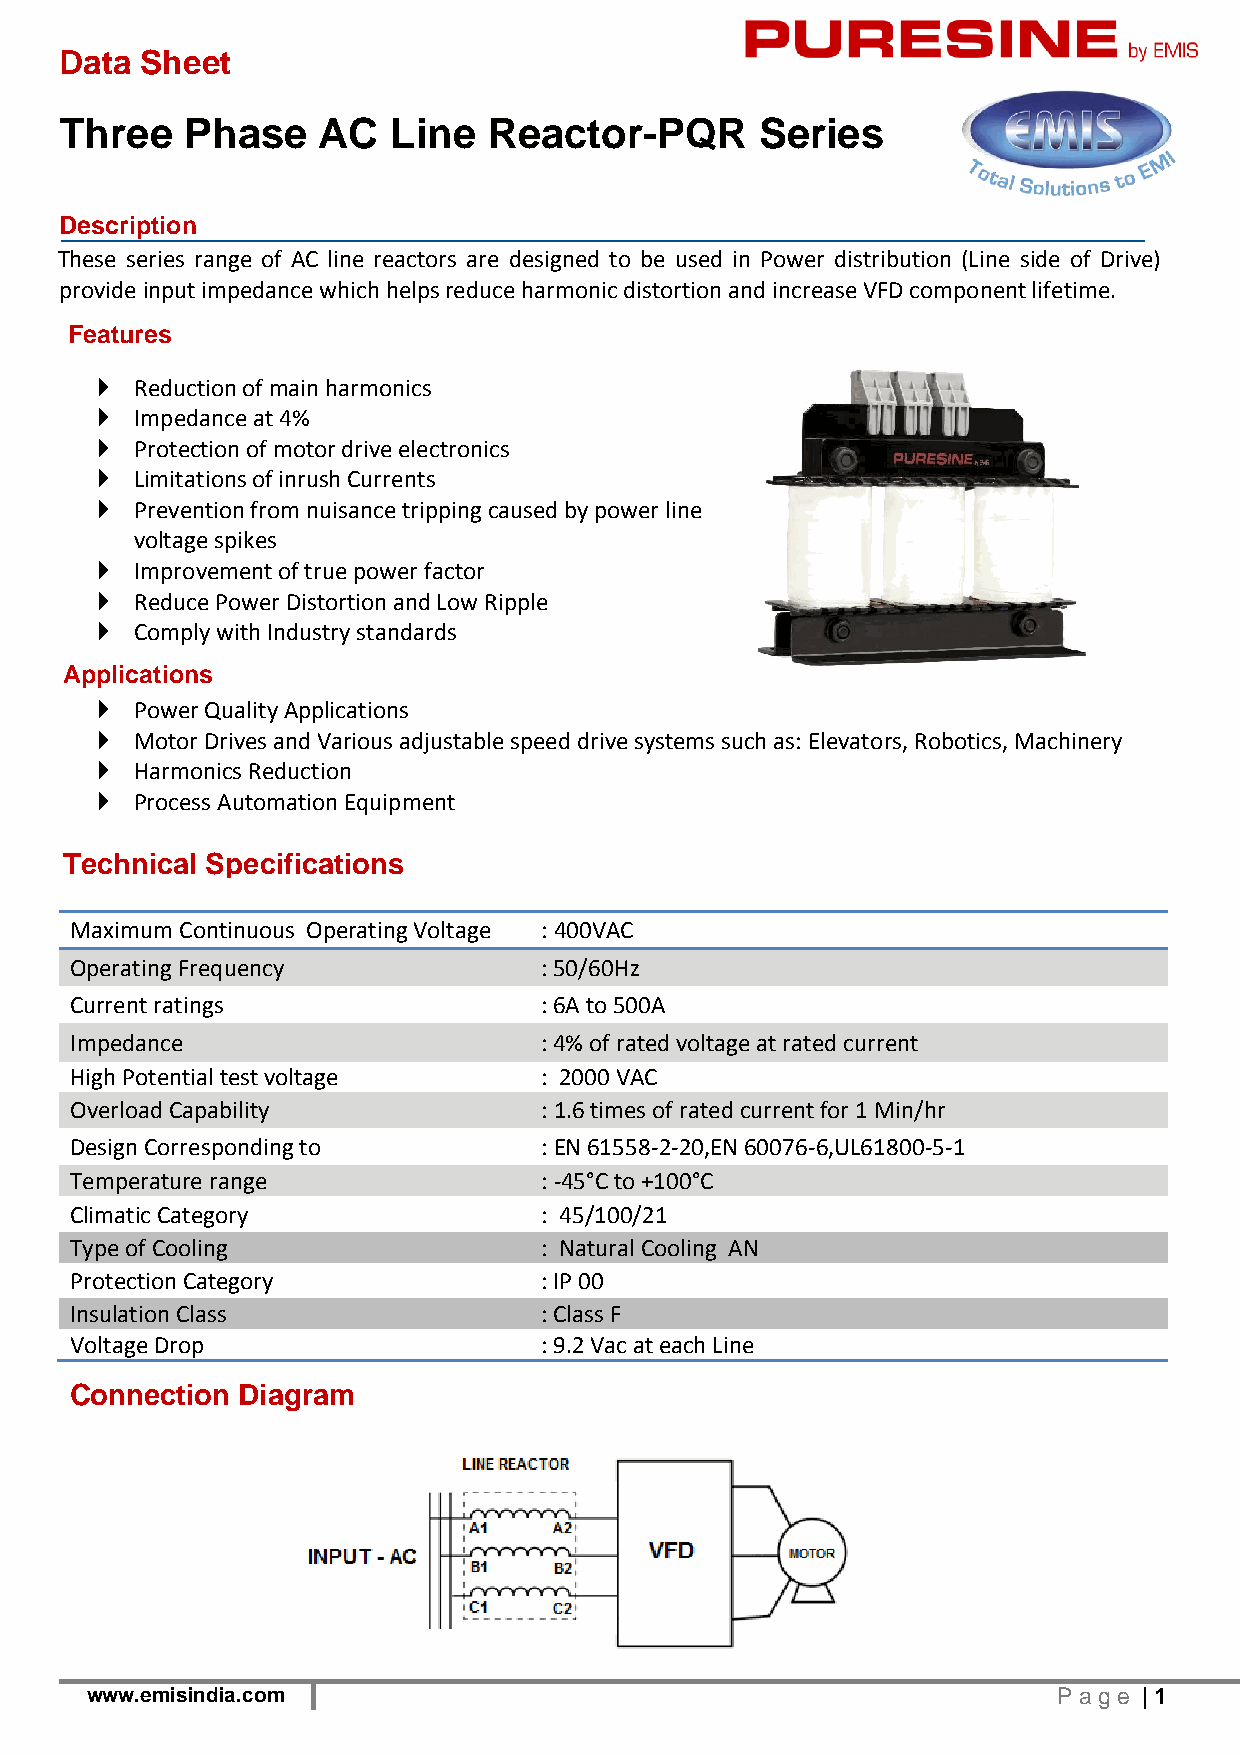
Data Sheet
 Three   Phase    AC   Line  Reactor-PQR       Series
 Description
 These series range of AC line reactors are designed to be used in Power distribution (Line side of Drive)
 provide input impedance which helps reduce harmonic distortion and increase VFD component lifetime.
 Features
   Reduction of main harmonics
   Impedance at 4%
   Protection of motor drive electronics
   Limitations of inrush Currents
   Prevention from nuisance tripping caused by power line
 voltage spikes
   Improvement of true power factor
   Reduce Power Distortion and Low Ripple
   Comply with Industry standards
 Applications
   Power Quality Applications
   Motor Drives and Various adjustable speed drive systems such as: Elevators, Robotics, Machinery
   Harmonics Reduction
   Process Automation Equipment
 Technical Specifications
 Maximum Continuous Operating Voltage : 400VAC
 Operating Frequency            : 50/60Hz
 Current ratings                : 6A to 500A
 Impedance                      : 4% of rated voltage at rated current
 High Potential test voltage    : 2000 VAC
 Overload Capability            : 1.6 times of rated current for 1 Min/hr
 Design Corresponding to        : EN 61558-2-20,EN 60076-6,UL61800-5-1
 Temperature range              : -45°C to +100°C
 Climatic Category              : 45/100/21
 Type of Cooling                : Natural Cooling AN
 Protection Category            : IP 00
 Insulation Class               : Class F
 Voltage Drop                   : 9.2 Vac at each Line
 Connection Diagram
 www.emisindia.com                                               Pag e | 1